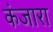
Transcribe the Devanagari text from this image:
कंजारा